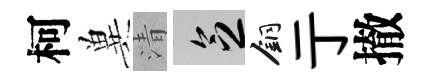
柯兾清乏銅亍撤